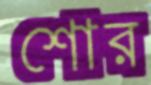
শোর